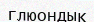
глюондық